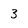
Character: 3